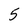
Character: 5